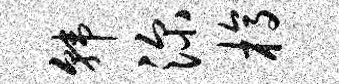
韩深槁